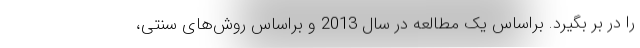
را در بر بگیرد. براساس یک مطالعه در سال 2013 و براساس روش‌های سنتی،